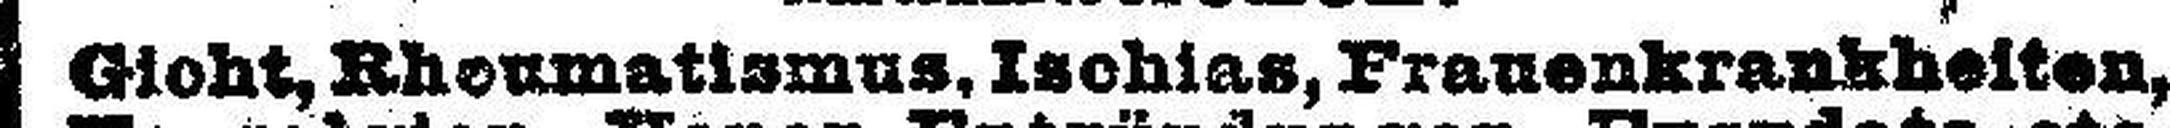
Gioht, BhoKmatissms, Ischias, Frauenkrankheiten,